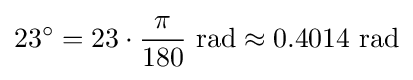
23^{\circ }=23\cdot {\frac {\pi }{180}}{\text{ rad}}\approx 0.4014{\text{ rad}}